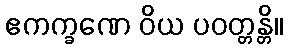
ဧကက္ခဏေ ဝိယ ပဝတ္တန္တိ။